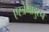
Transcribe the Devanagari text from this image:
एस्त्रेमादुरन